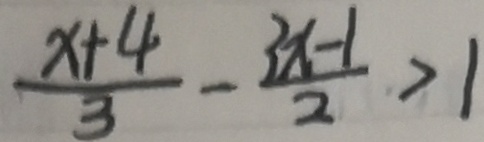
\frac { x + 4 } { 3 } - \frac { 3 x - 1 } { 2 } > 1